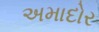
અમાદોર